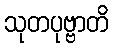
သုတပုဗ္ဗာတိ